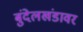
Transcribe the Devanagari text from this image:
बुंदेलखंडावर